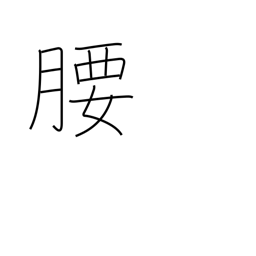
Meaning: hips